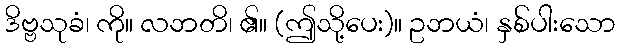
ဒိဗ္ဗသုခံ၊ ကို။ လဘတိ၊ ၏။ (ဤသို့ပေး)။ ဥဘယံ၊ နှစ်ပါးသော